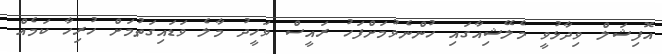
އޮފިޝަލް ވިދާޅުވީ މެލޭޝިއާގައި ހުންނެވުމަށްފަހު ރައީސް ވަހީދު މާލެ ވަޑައިގަތުމަށް ހުރިހާ ކަމެއް